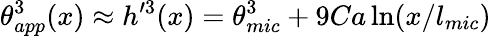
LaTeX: \theta_{app}^{3}(x)\approx h^{\prime 3}(x)=\theta_{mic}^{3}+9Ca\ln(x/l_{mic})